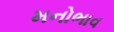
મનોભાવ